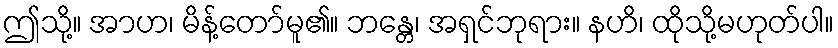
ဤသို့။ အာဟ၊ မိန့်တော်မူ၏။ ဘန္တေ၊ အရှင်ဘုရား။ နဟိ၊ ထိုသို့မဟုတ်ပါ။